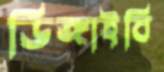
ডিঙ্গাইবি